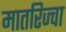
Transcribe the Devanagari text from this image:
मातरिज्वा